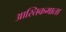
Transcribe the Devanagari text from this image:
आस्तिकमाता